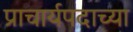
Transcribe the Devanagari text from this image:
प्राचार्यपदाच्या